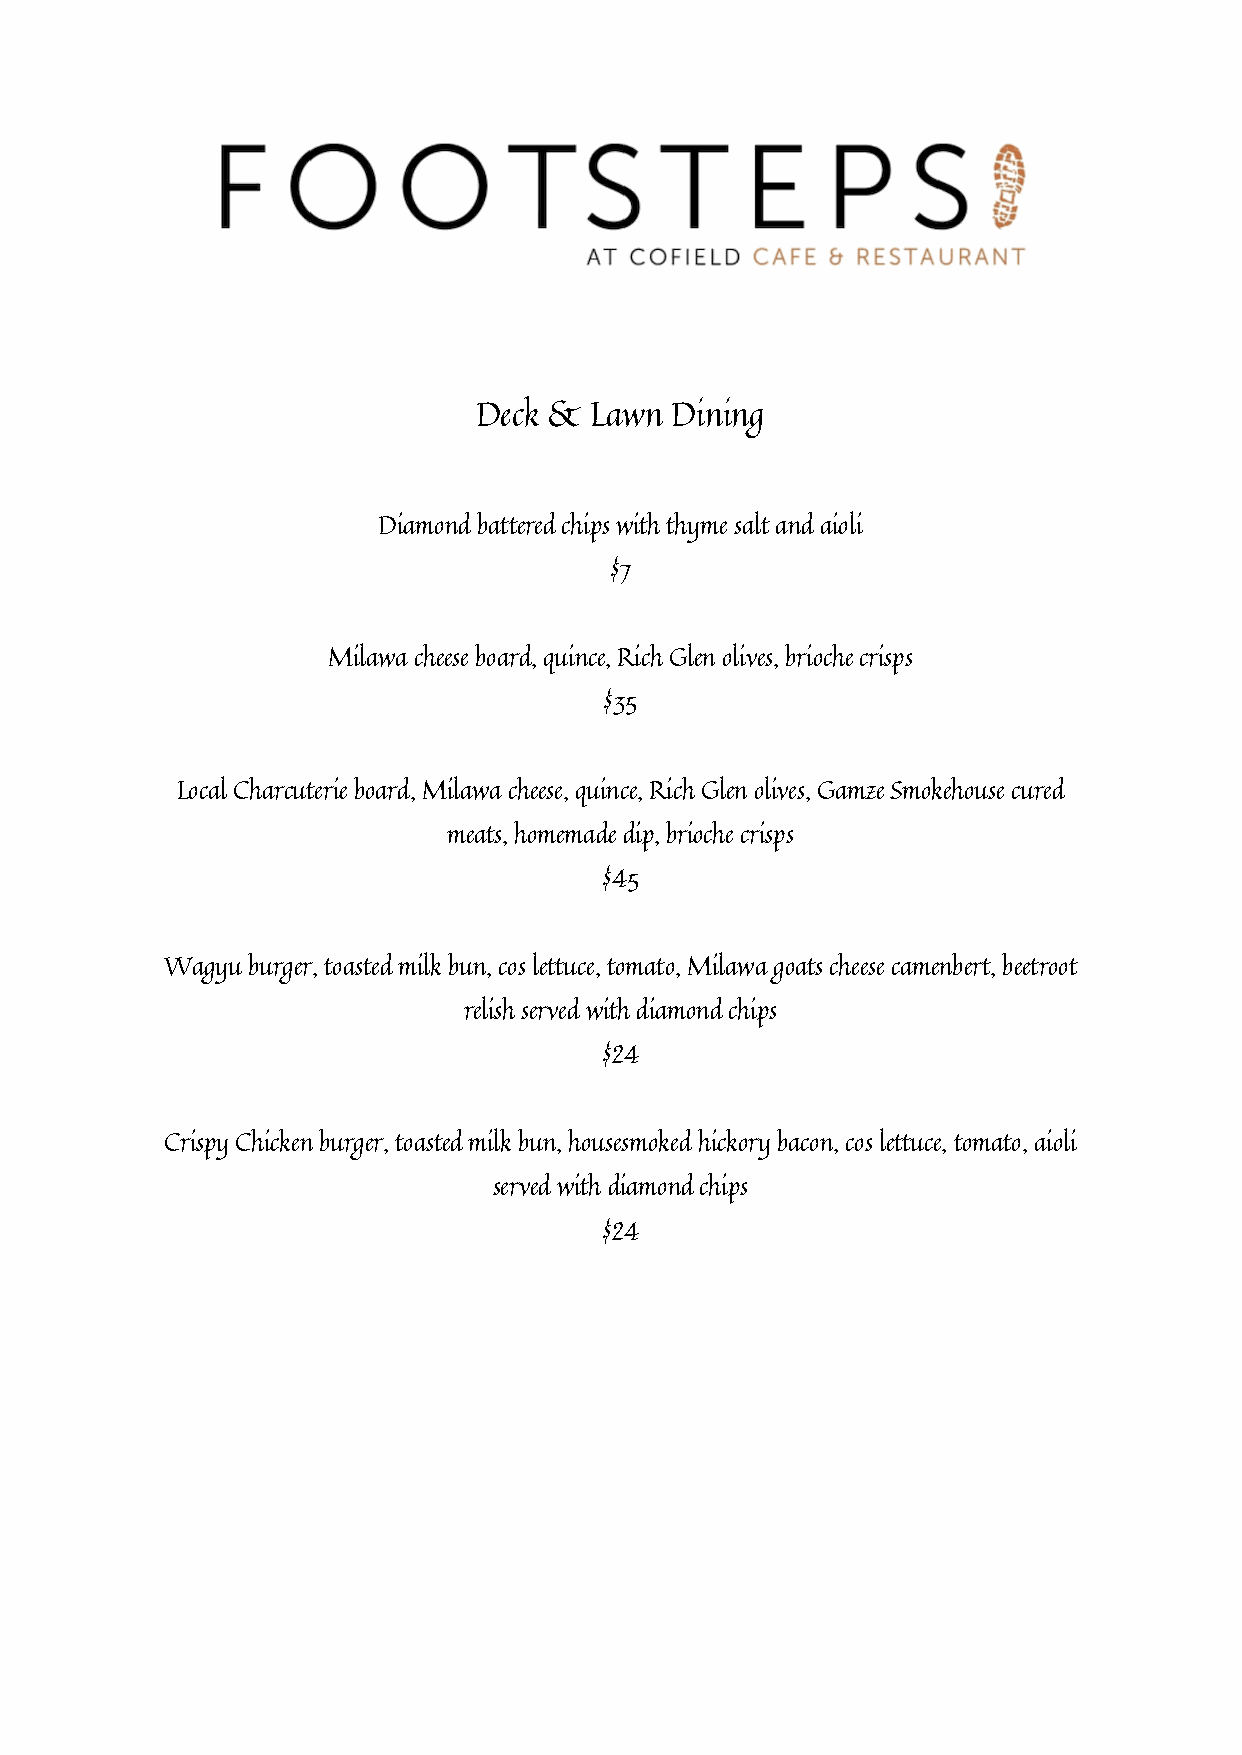
Deck &  Lawn Dining
 Diamond battered chips with thyme salt and aioli
 $7
 Milawa cheese board, quince, Rich Glen olives, brioche crisps
 $35
 Local Charcuterie board, Milawa cheese, quince, Rich Glen olives, Gamze Smokehouse cured
 meats, homemade dip, brioche crisps
 $45
 Wagyu burger, toasted milk bun, cos lettuce, tomato, Milawa goats cheese camenbert, beetroot
 relish served with diamond chips
 $24
 Crispy Chicken burger, toasted milk bun, housesmoked hickory bacon, cos lettuce, tomato, aioli
 served with diamond chips
 $24